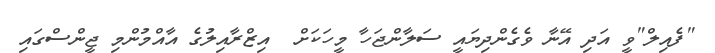
"ފެއިލް"ވީ އަދި އޭނާ ވެގެންދިޔައީ ސަލާންޖަހާ މީހަކަށް  އިޒްރާއިލުގެ އާއްމުންމި ޖީންސްގައި